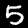
Label: 5